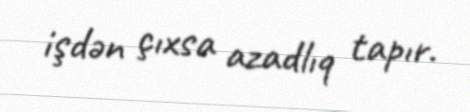
işdən çıxsa azadlıq tapır.